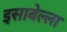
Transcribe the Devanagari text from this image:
इसाबेल्ला